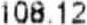
108.12